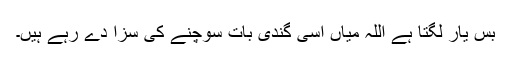
بس یار لگتا ہے اللہ میاں اسی گندی بات سوچنے کی سزا دے رہے ہیں۔